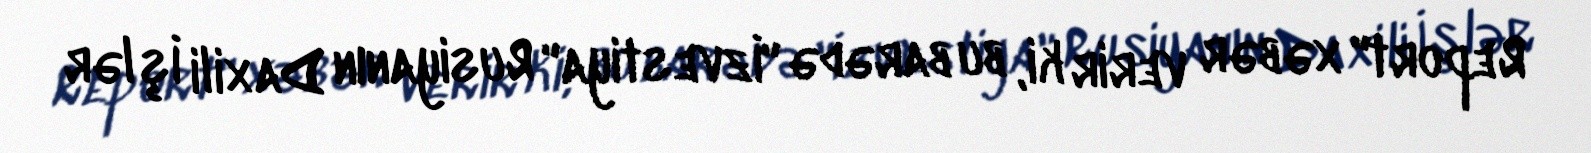
Report" xəbər verir ki, bu barədə "İzvestiya" Rusiyanın Daxili İşlər